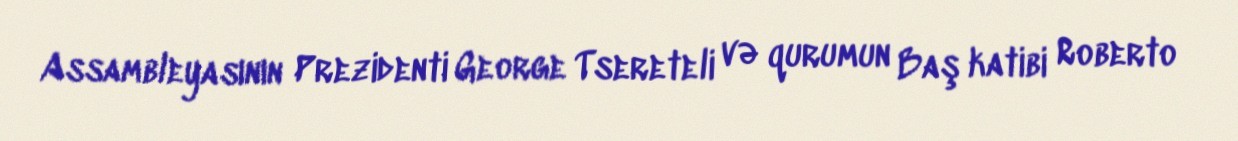
Assambleyasının Prezidenti George Tsereteli və qurumun Baş katibi Roberto